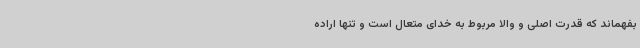
بفهماند که قدرت اصلی و والا مربوط به خدای متعال است و تنها اراده